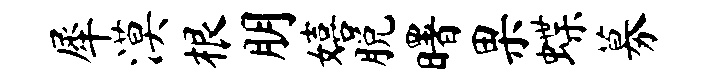
犀漠根朋嬉脱曙果蝶募